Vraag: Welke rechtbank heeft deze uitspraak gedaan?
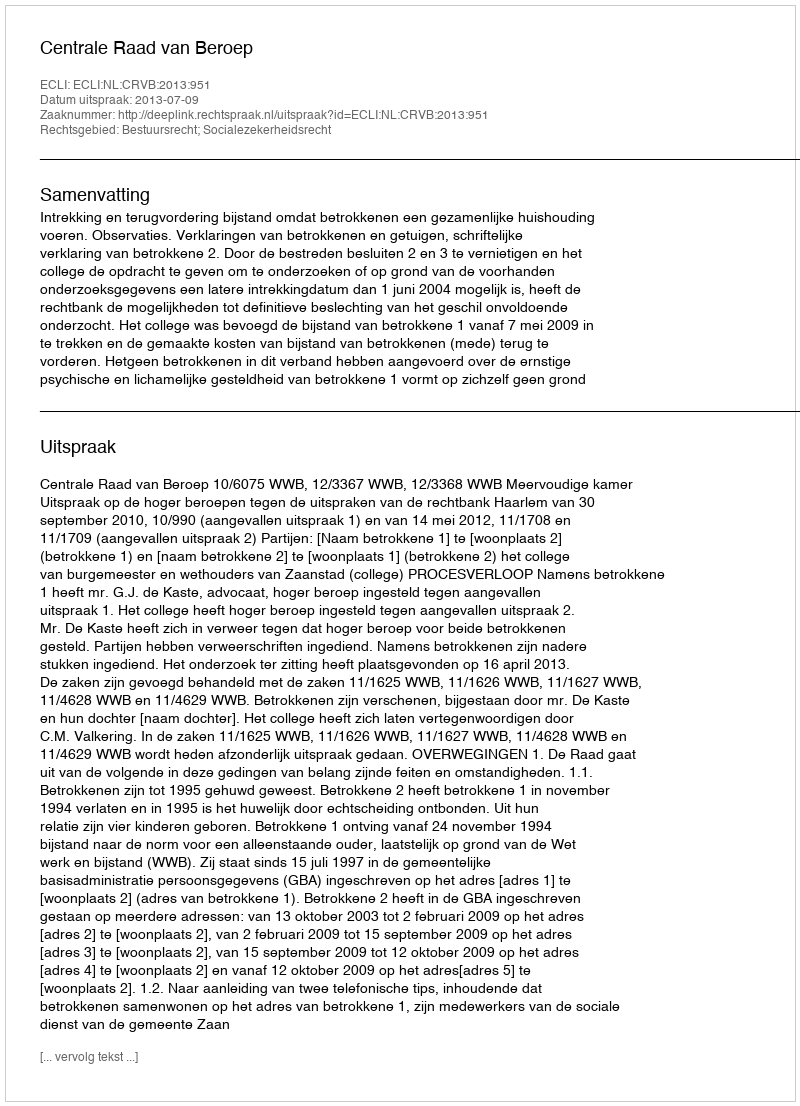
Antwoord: Centrale Raad van Beroep